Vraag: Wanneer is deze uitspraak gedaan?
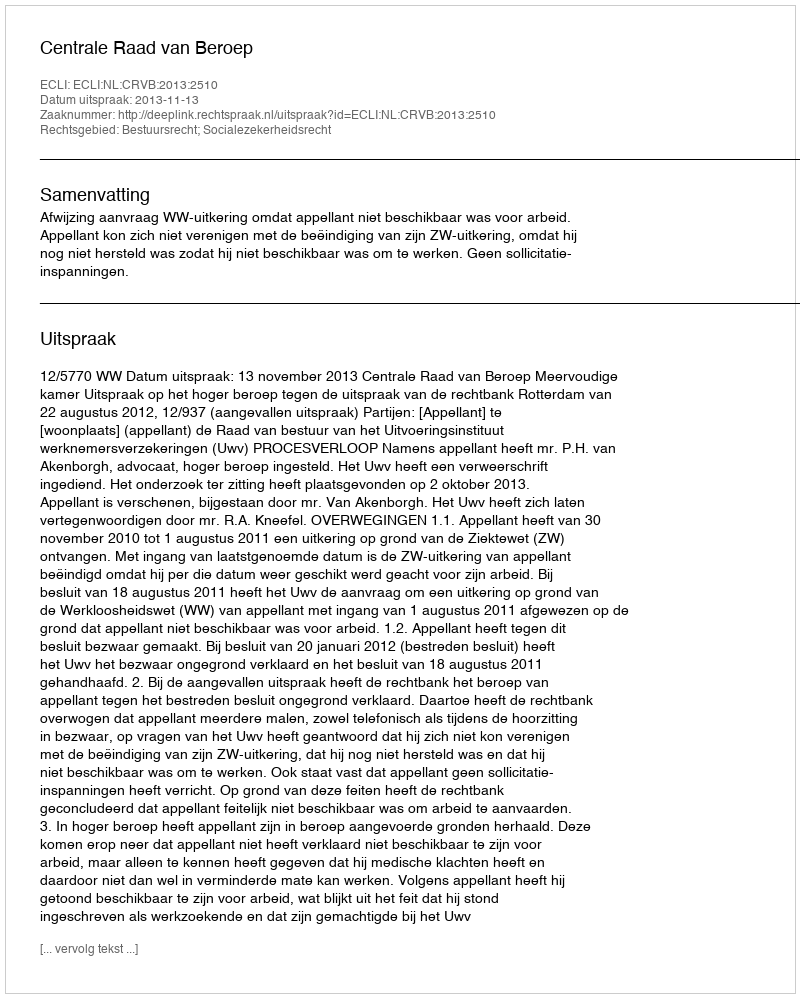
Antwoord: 2013-11-13